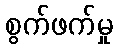
စွက်ဖက်မှု